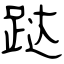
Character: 跶